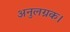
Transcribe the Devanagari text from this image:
अनुलग्नक।